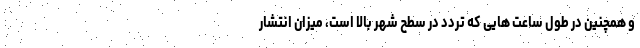
و همچنین در طول ساعت هایی که تردد در سطح شهر بالا است، میزان انتشار